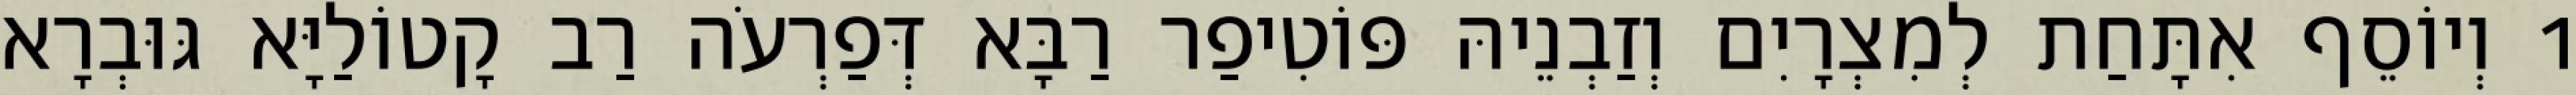
1 וְיוֹסֵף אִתָּחַת לְמִצְרָיִם וְזַבְנֵיהּ פּוֹטִיפַר רַבָּא דְּפַרְעֹה רַב קָטוֹלַיָּא גּוּבְרָא